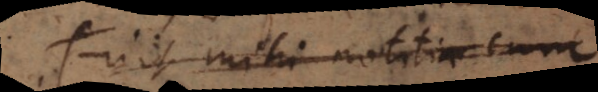
Fuit mihi notitia cum